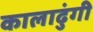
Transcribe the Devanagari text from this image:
कालाढुंगी